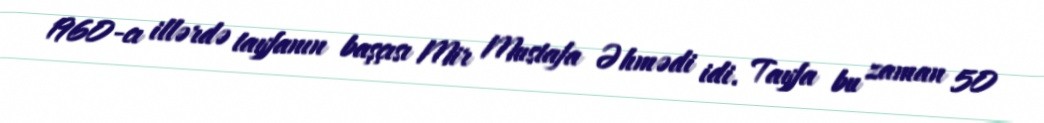
1960-cı illərdə tayfanın başçısı Mir Mustafa Əhmədi idi. Tayfa bu zaman 50